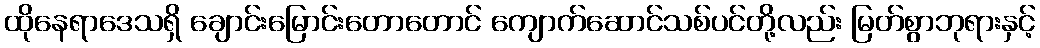
ထိုနေရာဒေသရှိ ချောင်းမြောင်းတောတောင် ကျောက်ဆောင်သစ်ပင်တို့လည်း မြတ်စွာဘုရားနှင့်